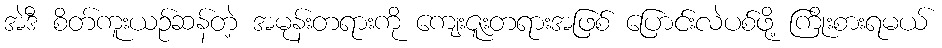
အဲဒီ စိတ်ကူးယဉ်ဆန်တဲ့ အမုန်းတရားကို ကျေးဇူးတရားအဖြစ် ပြောင်းလဲပစ်ဖို့ ကြိုးစားရမယ်